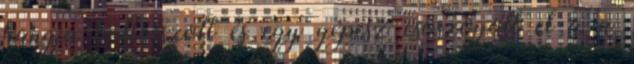
hangja hallatszott és egy gépész csoszogott el a a